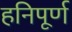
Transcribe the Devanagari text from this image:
हनिपूर्ण